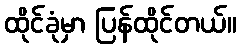
ထိုင်ခုံမှာ ပြန်ထိုင်တယ်။